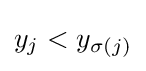
y_{j}<y_{\sigma (j)}